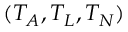
( T _ { A } , T _ { L } , T _ { N } )